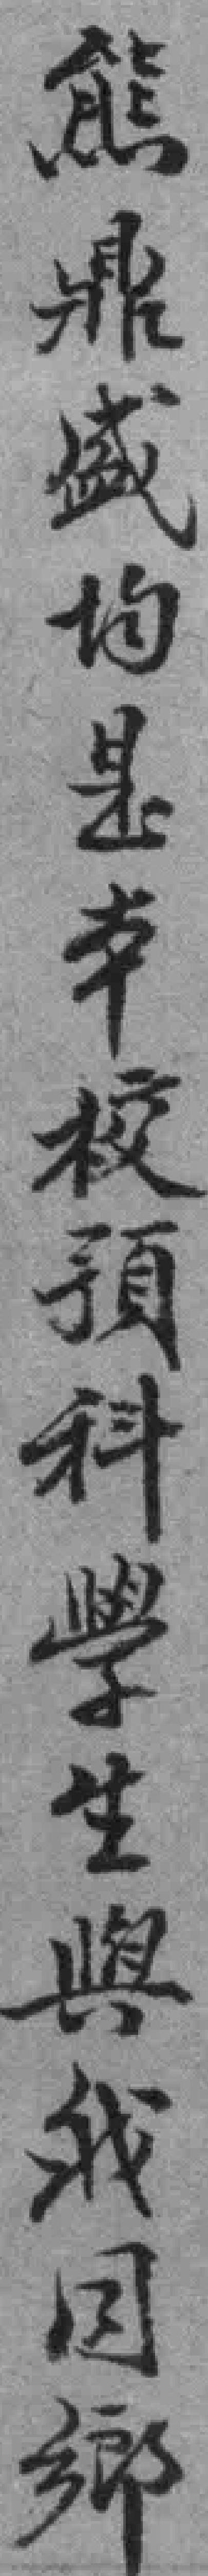
熊鼎盛均是本校預科學生與我同鄉